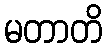
မတာတိ